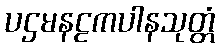
ပဌမနဠကပါနသုတ္တံ